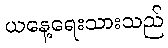
ယနေ့ရေးသားသည်